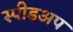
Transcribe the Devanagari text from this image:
स्पीडअप